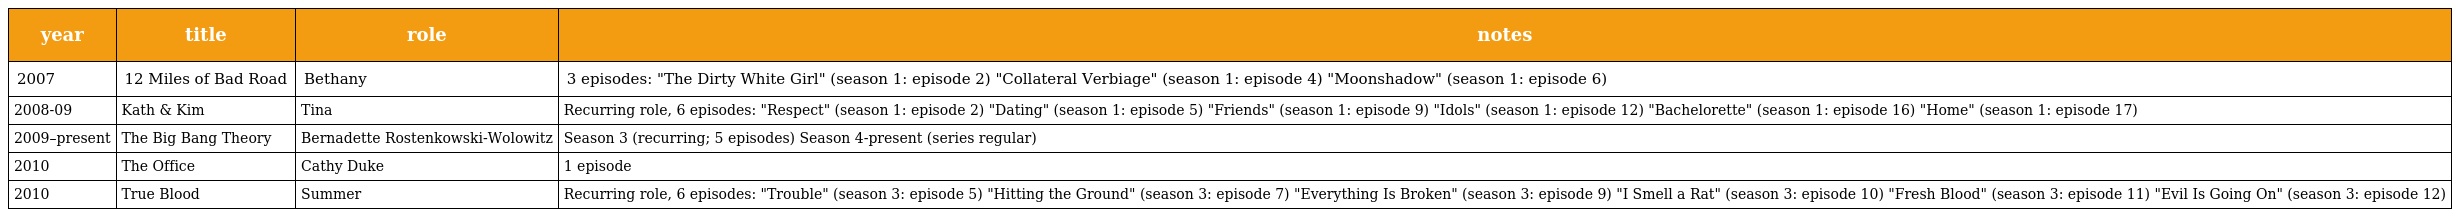
| year | title | role | notes |
 | --- | --- | --- | --- |
 | 2007 | 12 Miles of Bad Road | Bethany | 3 episodes: "The Dirty White Girl" (season 1: episode 2) "Collateral Verbiage" (season 1: episode 4) "Moonshadow" (season 1: episode 6) |
 | 2008-09 | Kath & Kim | Tina | Recurring role, 6 episodes: "Respect" (season 1: episode 2) "Dating" (season 1: episode 5) "Friends" (season 1: episode 9) "Idols" (season 1: episode 12) "Bachelorette" (season 1: episode 16) "Home" (season 1: episode 17) |
 | 2009–present | The Big Bang Theory | Bernadette Rostenkowski-Wolowitz | Season 3 (recurring; 5 episodes) Season 4-present (series regular) |
 | 2010 | The Office | Cathy Duke | 1 episode |
 | 2010 | True Blood | Summer | Recurring role, 6 episodes: "Trouble" (season 3: episode 5) "Hitting the Ground" (season 3: episode 7) "Everything Is Broken" (season 3: episode 9) "I Smell a Rat" (season 3: episode 10) "Fresh Blood" (season 3: episode 11) "Evil Is Going On" (season 3: episode 12) |